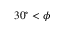
3 0 ^ { \circ } < \phi